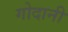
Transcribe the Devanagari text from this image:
गोदानी